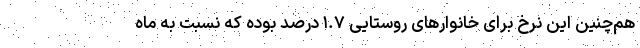
هم‌چنین این نرخ برای خانوارهای روستایی ١.٧ درصد بوده که نسبت به ماه